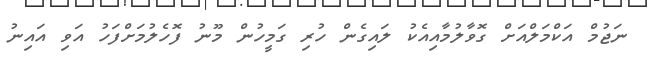
ނަޖުމް އަކްމަލްއަށް ގޮވާލުމާއިއެކު ލައިގެން ހުރި ގަމީހުން މޫނު ފޮހެލުމަށްފަހު އަވި އައިނު